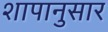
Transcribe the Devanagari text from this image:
शापानुसार